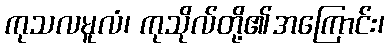
ကုသလမူလံ၊ ကုသိုလ်တို့၏အကြောင်း၊